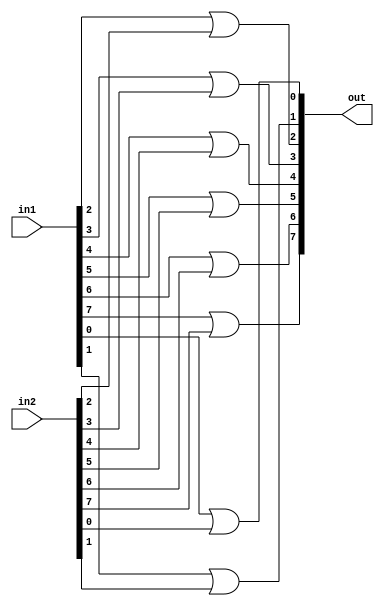
`timescale 1ns / 1ps

module and_8(
    output [7:0] out,
	input [7:0] in1, in2
);

or AND0 ( out[0], in1[0], in2[0] );
or AND1 ( out[1], in1[1], in2[1] );
or AND2 ( out[2], in1[2], in2[2] );
or AND3 ( out[3], in1[3], in2[3] );
or AND4 ( out[4], in1[4], in2[4] );
or AND5 ( out[5], in1[5], in2[5] );
or AND6 ( out[6], in1[6], in2[6] );
or AND7 ( out[7], in1[7], in2[7] );

endmodule